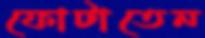
ফোটাতেন